画像に写った文字を読んでください
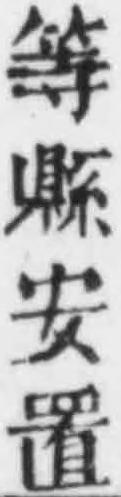
「等縣安置」と書いてあります